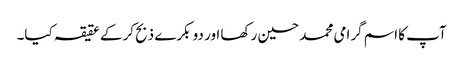
آپ کا اسم گرامی محمد حسین رکھا اور دو بکرے ذبح کرکے عقیقہ کیا۔